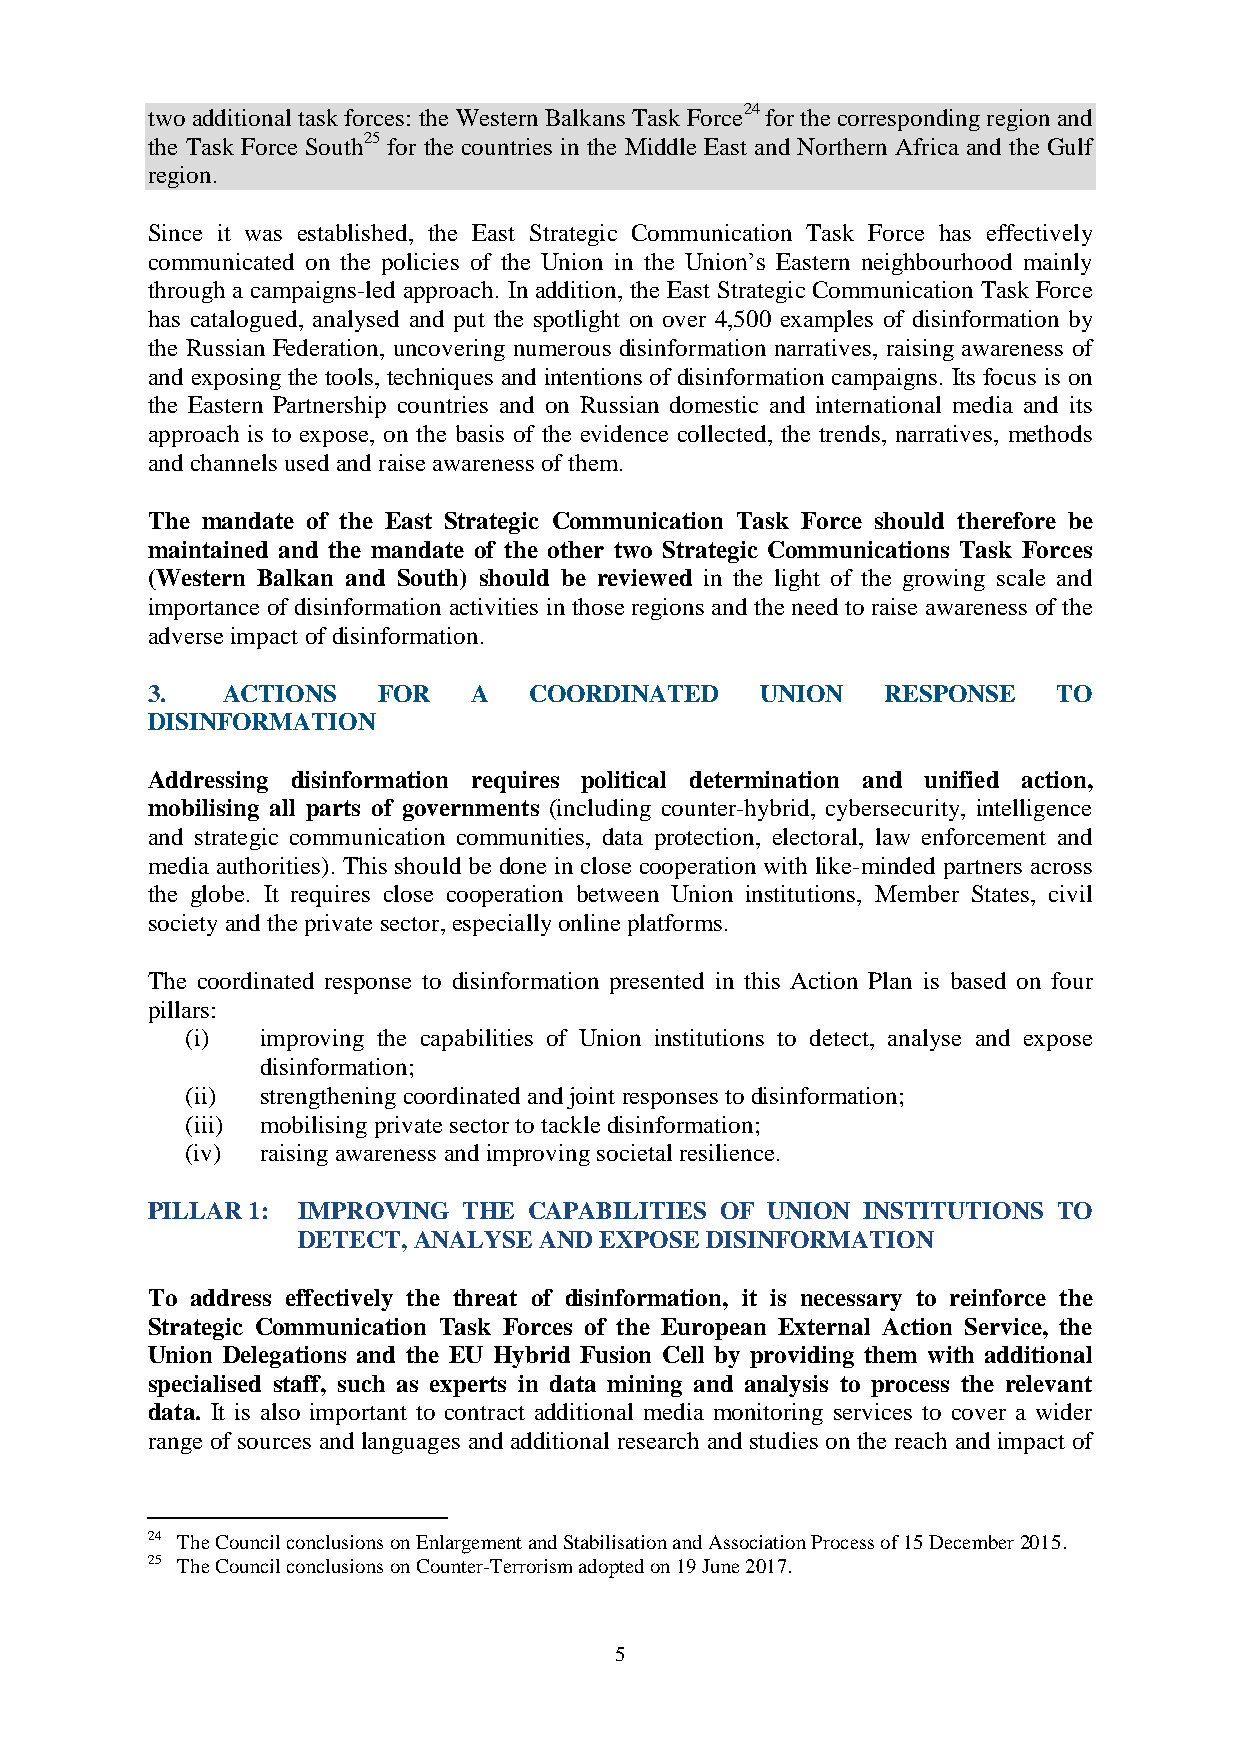
two additional task forces: the Western Balkans Task Force24 for the corresponding region and
 the Task Force South25 for the countries in the Middle East and Northern Africa and the Gulf
 region.
 Since it was established, the East Strategic Communication Task Force has effectively
 communicated on the policies of the Union in the Union’s Eastern neighbourhood mainly
 through a campaigns-led approach. In addition, the East Strategic Communication Task Force
 has catalogued, analysed and put the spotlight on over 4,500 examples of disinformation by
 the Russian Federation, uncovering numerous disinformation narratives, raising awareness of
 and exposing the tools, techniques and intentions of disinformation campaigns. Its focus is on
 the Eastern Partnership countries and on Russian domestic and international media and its
 approach is to expose, on the basis of the evidence collected, the trends, narratives, methods
 and channels used and raise awareness of them.
 The mandate of the East Strategic Communication Task Force should therefore be
 maintained and the mandate of the other two Strategic Communications Task Forces
 (Western Balkan and South) should be reviewed in the light of the growing scale and
 importance of disinformation activities in those regions and the need to raise awareness of the
 adverse impact of disinformation.
 3.   ACTIONS   FOR   A   COORDINATED    UNION   RESPONSE    TO
 DISINFORMATION
 Addressing disinformation requires political determination and unified action,
 mobilising all parts of governments (including counter-hybrid, cybersecurity, intelligence
 and strategic communication communities, data protection, electoral, law enforcement and
 media authorities). This should be done in close cooperation with like-minded partners across
 the globe. It requires close cooperation between Union institutions, Member States, civil
 society and the private sector, especially online platforms.
 The coordinated response to disinformation presented in this Action Plan is based on four
 pillars:
 (i)  improving the capabilities of Union institutions to detect, analyse and expose
 disinformation;
 (ii) strengthening coordinated and joint responses to disinformation;
 (iii) mobilising private sector to tackle disinformation;
 (iv) raising awareness and improving societal resilience.
 PILLAR 1: IMPROVING  THE CAPABILITIES OF UNION INSTITUTIONS TO
 DETECT, ANALYSE AND EXPOSE DISINFORMATION
 To address effectively the threat of disinformation, it is necessary to reinforce the
 Strategic Communication Task Forces of the European External Action Service, the
 Union Delegations and the EU Hybrid Fusion Cell by providing them with additional
 specialised staff, such as experts in data mining and analysis to process the relevant
 data. It is also important to contract additional media monitoring services to cover a wider
 range of sources and languages and additional research and studies on the reach and impact of
 24 The Council conclusions on Enlargement and Stabilisation and Association Process of 15 December 2015.
 25 The Council conclusions on Counter-Terrorism adopted on 19 June 2017.
 5